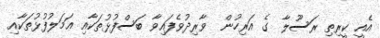
އެއީ ކީރިތި ރަސޫލާ  ގެ އަރިހުން  ވާރިދުވެފައިވާ ބަސްފުޅުތަކާއި ޢަމަލުފުޅުތަކާއި